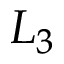
L _ { 3 }